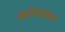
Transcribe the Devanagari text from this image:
कोरेगावला